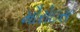
મૌરોઇસ